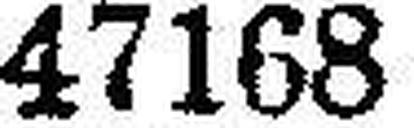
47168